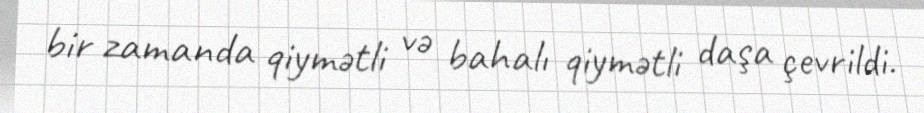
bir zamanda qiymətli və bahalı qiymətli daşa çevrildi.